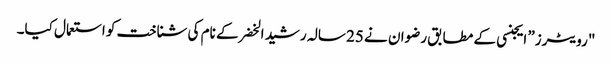
"رویٹرز” ایجنسی کے مطابق رضوان نے 25 سالہ رشید الخضر کے نام کی شناخت کو استعمال کیا۔